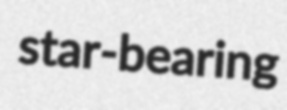
star-bearing